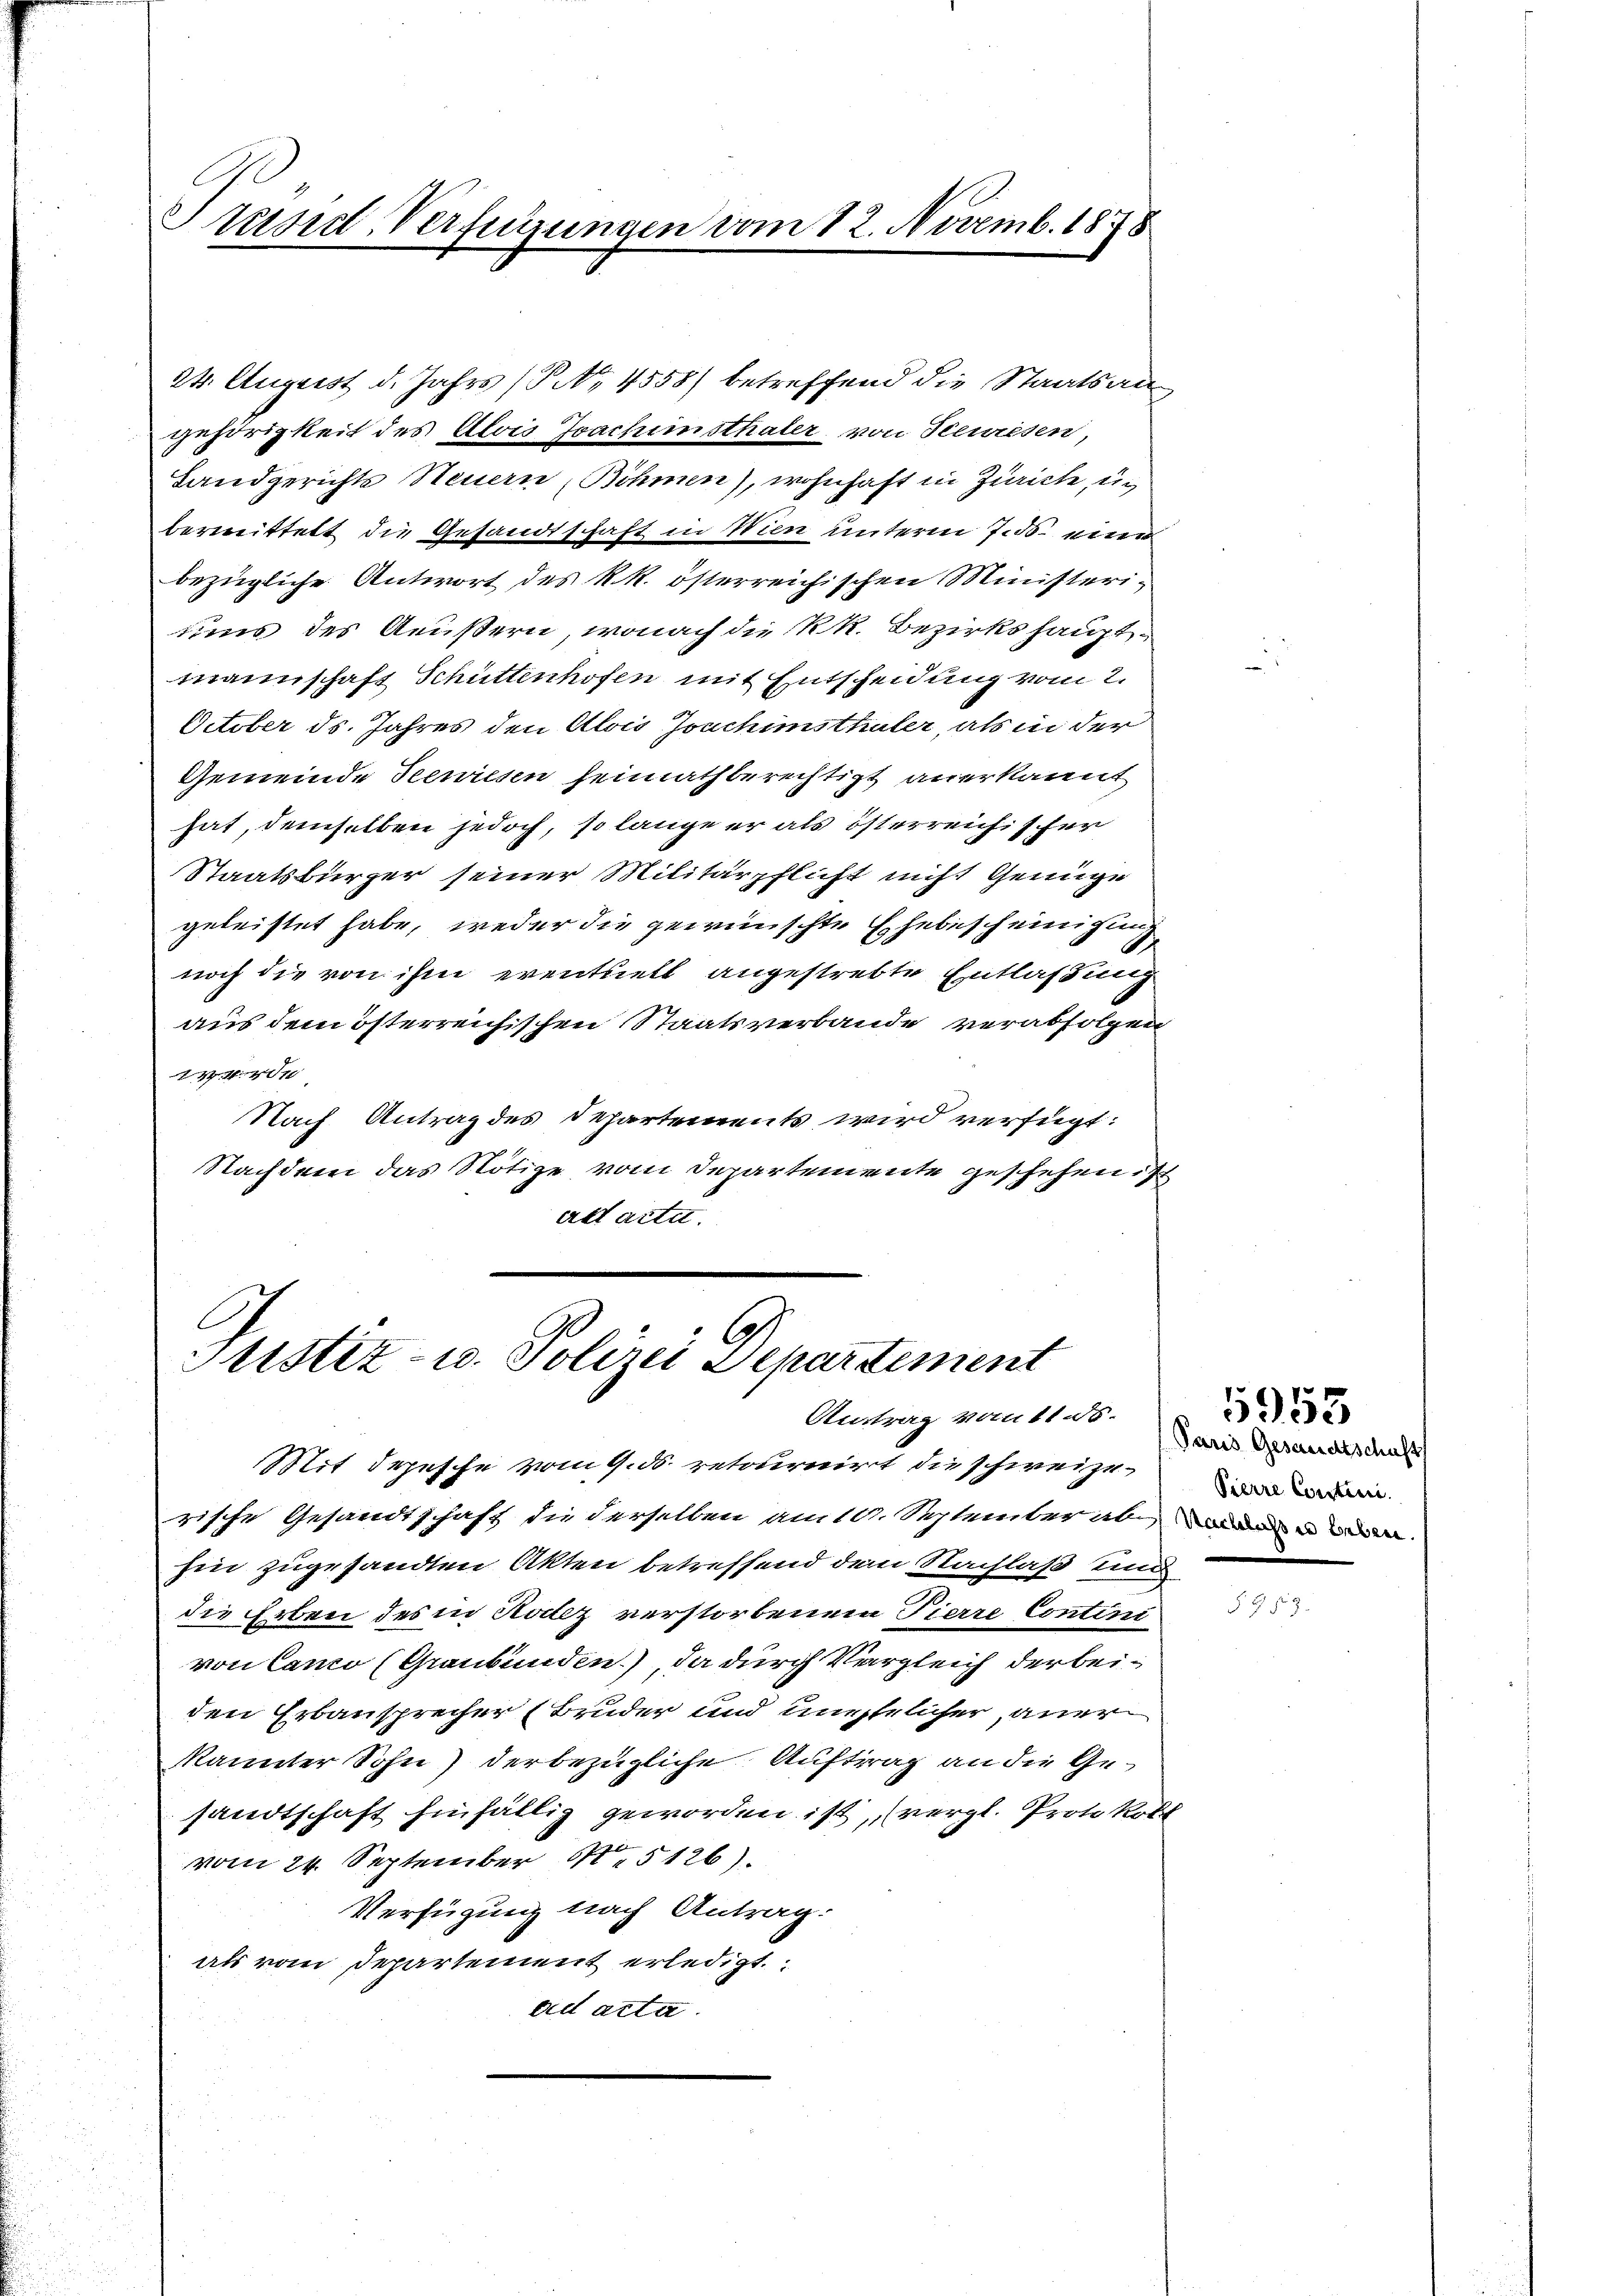
Stasid-Verfügungen vom 12. Novemb. 1878

24. August d. Jahrs (PNo. 4558) betreffend die Staatsangehörigkeit des Alois Joachimsthäter von Seewiesen,
Landgerichts Steuern, Böhmen), wohnhaft in Zürich, u.
bereittet die Gesandtschaft in Wien unterm 7. 56 einer
bezügliche Antwort des k. k. österreichischen Ministeridiens des Aeußern, wonach die kk. Bezirkshaupt
mannschaft Schüttenhofen mit Entscheidung vom 2.
October ds. Jahres den Alois Joachimsthaler, als in der
Gemeinde Seenriesen heimathberechtigt anerkannt
hat, demselben jedoch, so lange er als österreichischer
Staatsbürger seiner Militärpflicht nicht Genüge
geleistet habe, weder die gewünschte Ehebescheinigung
noch die von ihm eventuell angestrebte Entlaßung
aus dem österreichischen Staatsverbande verabfolgen
7
Nach Antrag des Departements wird verfügt:
Nachdem das Nötige vom Departemente geschehen,
ardt artet.

Justiz- u. Polizei Departement
Antrag vom 11.5.

Mit depesche vom 9. ds. retournirt die schweizerische Gesandtschaft die derselben am 10. September ab, wenn
hin zugesandten Akten betreffend dem Nachlaß und
die Erben des in Holz verstorbenem Pierre Contini
von Canco (Graubünden), da durch Vergleich der beiden Erbausprecher (Bruder und unehelicher aner
kannter Sohn derbezügliche Auftrag an die Gesandtschaft hinfällig geworden ist, (vergl. Protokoll
vom 24. September N. 5126).
Verfügung nach Antrag:
als vom Departement erledigt.
ad acta.

Paris Gesandtschaft
Pierre Constine.

5953